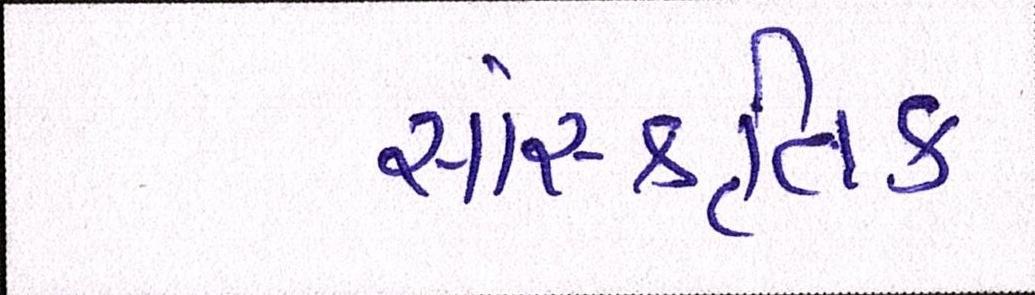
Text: સાંસ્કૃતિક